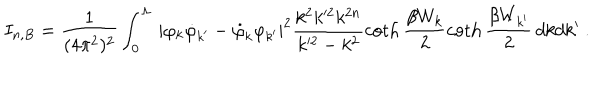
I _ { n , B } = \frac 1 { ( 4 \pi ^ { 2 } ) ^ { 2 } } \int _ { 0 } ^ { \Lambda } \, | \varphi _ { k } \dot { \varphi } _ { k ^ { \prime } } - \dot { \varphi } _ { k } \varphi _ { k ^ { \prime } } | ^ { 2 } \frac { k ^ { 2 } k ^ { 2 } k ^ { 2 n } } { k ^ { 2 } - k ^ { 2 } } \coth \frac { \beta W _ { k } } 2 \coth \frac { \beta W _ { k ^ { \prime } } } 2 \, d k d k ^ { \prime } \ .